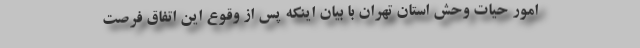
امور حیات وحش استان تهران با بیان اینکه پس از وقوع این اتفاق فرصت